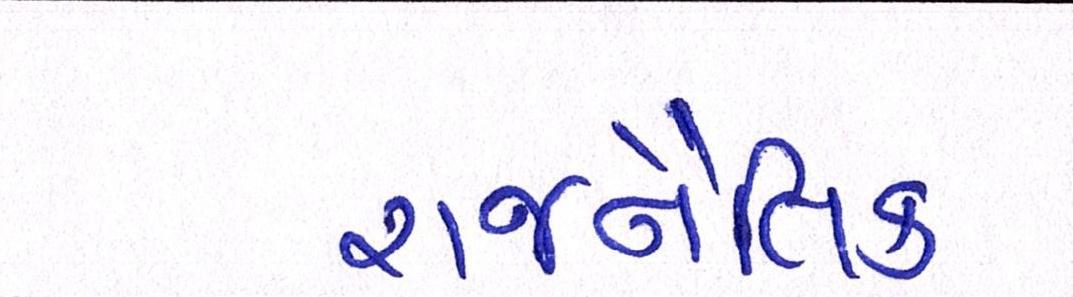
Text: રાજનૈતિક